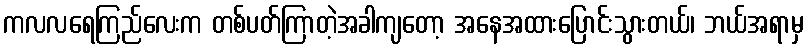
ကလလရေကြည်လေးက တစ်ပတ်ကြာတဲ့အခါကျတော့ အနေအထားပြောင်းသွားတယ်၊ ဘယ်အရာမှ